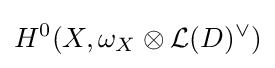
H^{0}(X,\omega _{X}\otimes {\mathcal {L}}(D)^{\vee })